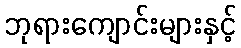
ဘုရားကျောင်းများနှင့်